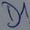
Text: D1